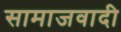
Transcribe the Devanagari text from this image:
सामाजवादी